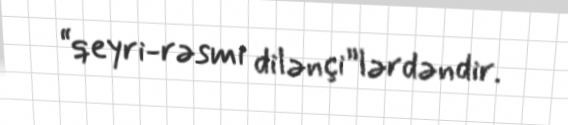
“qeyri-rəsmi dilənçi”lərdəndir.